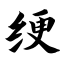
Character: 绠